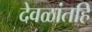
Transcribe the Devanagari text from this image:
देवळांतहि